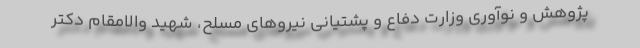
پژوهش و نوآوری وزارت دفاع و پشتیانی نیروهای مسلح، شهید والامقام دکتر